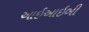
આઇઆઇબી